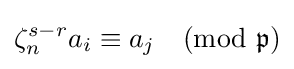
\zeta _{n}^{s-r}a_{i}\equiv a_{j}{\pmod {\mathfrak {p}}}